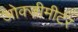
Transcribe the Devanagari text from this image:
ओक्जीमीटर